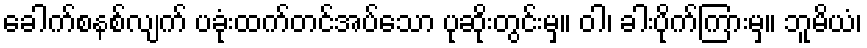
ခေါက်စနစ်လျက် ပခုံးထက်တင်အပ်သော ပုဆိုးတွင်းမှ။ ဝါ၊ ခါးပိုက်ကြားမှ။ ဘူမိယံ၊